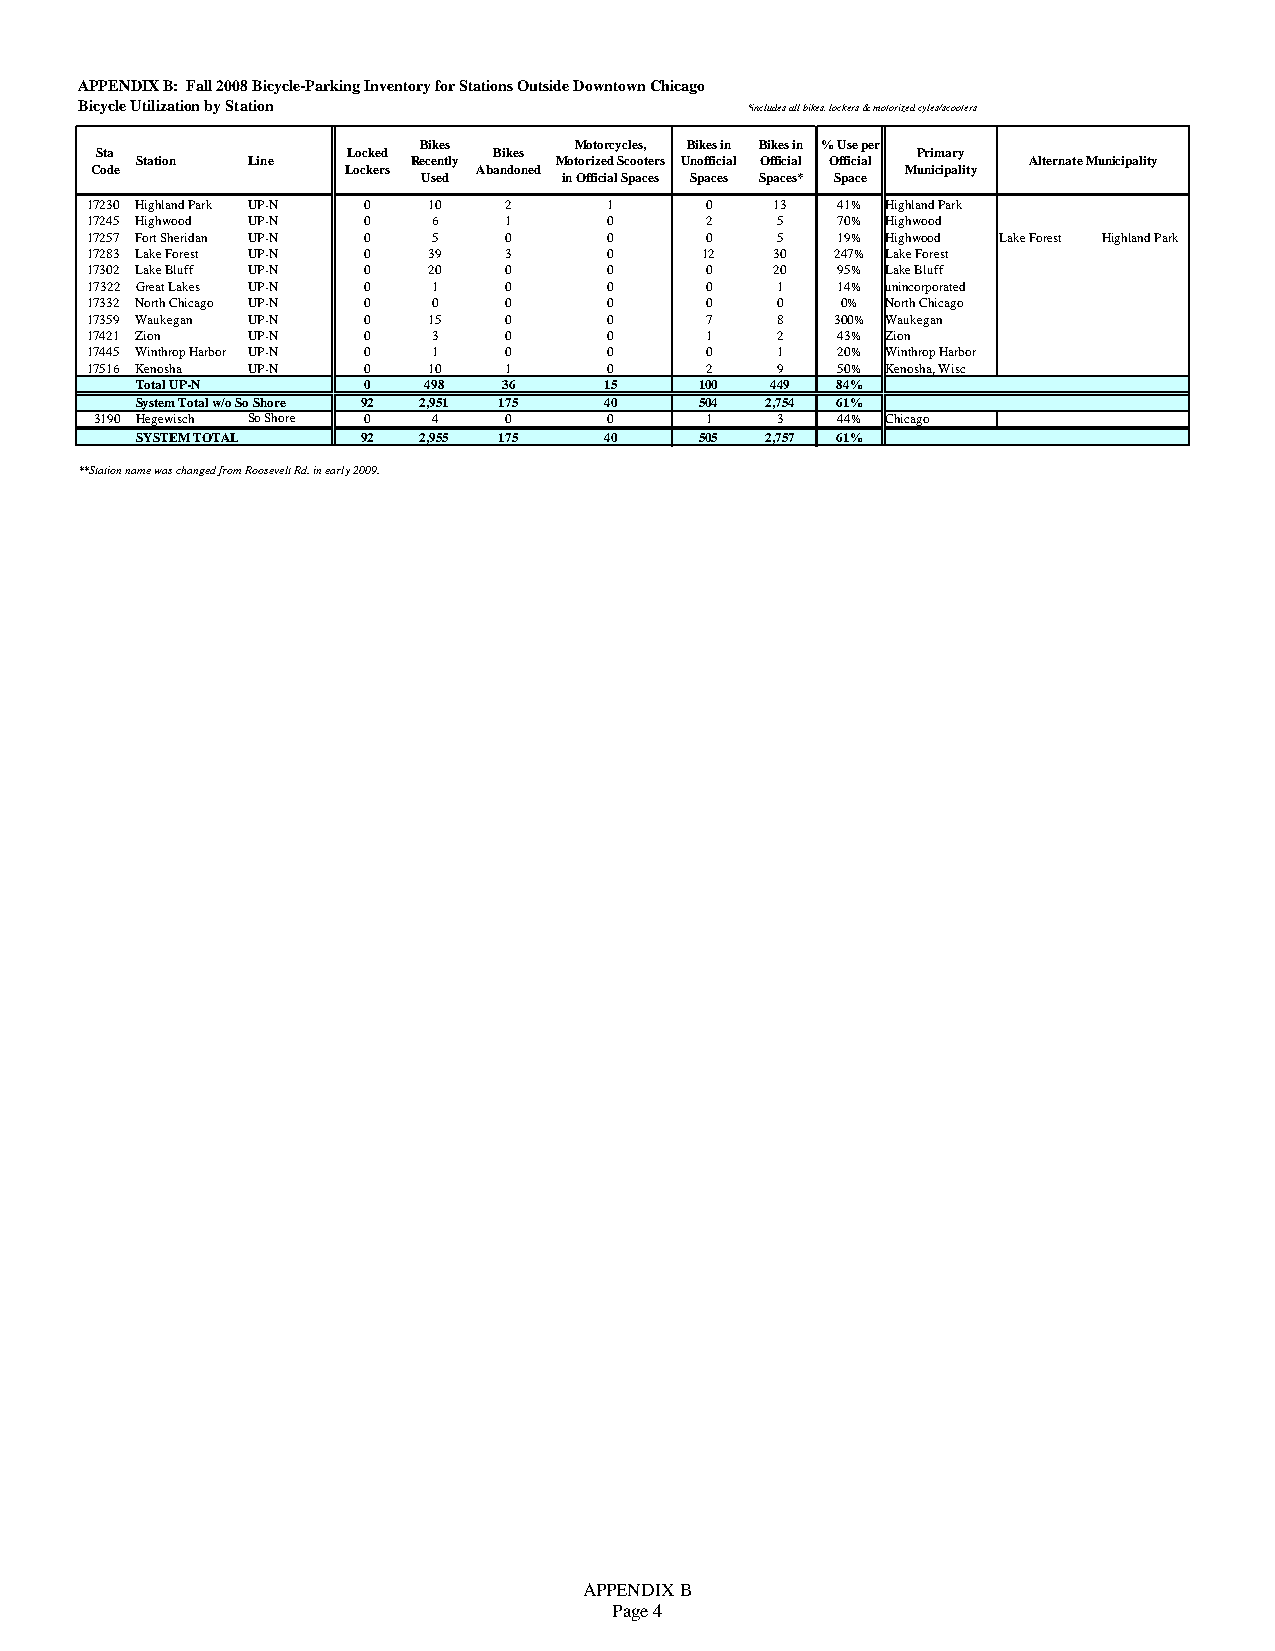
APPENDIX B: Fall 2008 Bicycle-Parking Inventory for Stations Outside Downtown Chicago
 Bicycle Utilization by Station              *includes all bikes, lockers & motorized cyles/scooters
 Bikes     Motorcycles, Bikes in Bikes in % Use per
 Sta              Locked    Bikes                       Primary
 Station Line      Recently  Motorized Scooters Unofficial Official Official Alternate Municipality
 Code             Lockers  Abandoned                   Municipality
 Used     in Official Spaces Spaces Spaces* Space
 17230 Highland Park UP-N 0 10 2   1      0   13   41% Highland Park
 17245 Highwood UP-N 0  6   1      0      2   5    70% Highwood
 17257 Fort Sheridan UP-N 0 5 0    0      0   5    19% Highwood Lake Forest Highland Park
 17283 Lake Forest UP-N 0 39 3     0      12  30  247% Lake Forest
 17302 Lake Bluff UP-N 0 20 0      0      0   20   95% Lake Bluff
 17322 Great Lakes UP-N 0 1 0      0      0   1    14% unincorporated
 17332 North Chicago UP-N 0 0 0    0      0   0    0% North Chicago
 17359 Waukegan UP-N 0 15   0      0      7   8   300% Waukegan
 17421 Zion UP-N   0    3   0      0      1   2    43% Zion
 17445 Winthrop Harbor UP-N 0 1 0  0      0   1    20% Winthrop Harbor
 17516 Kenosha UP-N 0  10   1      0      2   9    50% Kenosha, Wisc
 Total UP-N     0   498  36     15    100  449 84%
 System Total w/o So Shore 92 2,951 175 40 504 2,754 61%
 3190 Hegewisch So Shore 0 4 0     0      1   3    44% Chicago
 SYSTEM TOTAL   92  2,955 175   40    505  2,757 61%
 **Station name was changed from Roosevelt Rd. in early 2009.
 APPENDIX B
 Page 4